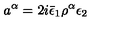
a ^ { \alpha } = 2 i \bar { \epsilon } _ { 1 } \rho ^ { \alpha } \epsilon _ { 2 }